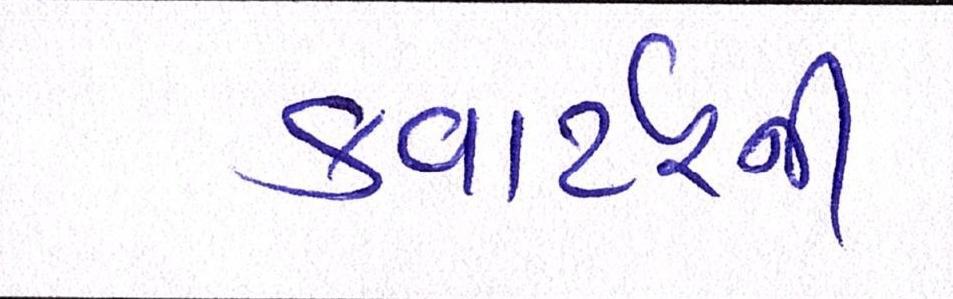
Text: ક્વાર્ટરની